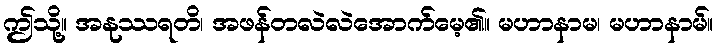
ဤသို့။ အနုဿရတိ၊ အဖန်တလဲလဲအောက်မေ့၏။ မဟာနာမ၊ မဟာနာမ်။